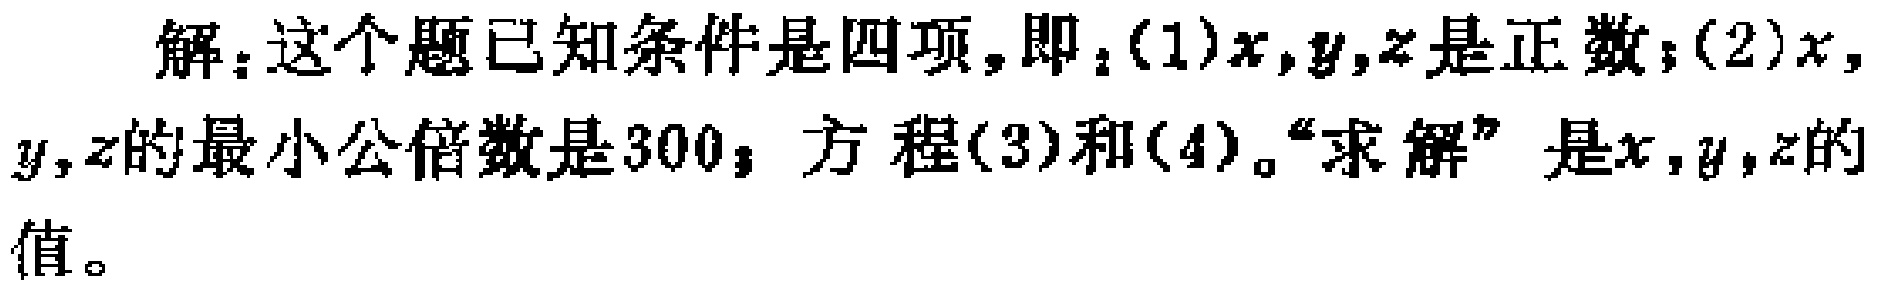
解：这个题已知条件是四项，即：(1)\(x,y,z\)是正数；(2)\(x,\)

\(y,z\)的最小公倍数是\(300\)；方程(3)和(4)。“求解”是\(x,y,z\)的

值。